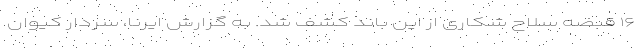
۱۶ قبضه سلاح شکاری از این باند کشف شد. به گزارش ایرنا، سردار کیوان